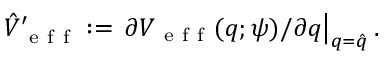
\hat { V } _ { \mathrm { ~ e ~ f ~ f ~ } } ^ { \prime } : = \left. \partial V _ { \mathrm { ~ e ~ f ~ f ~ } } ( q ; \psi ) / \partial q \right\vert _ { q = \hat { q } } .